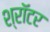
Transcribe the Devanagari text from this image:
श्रॉटर